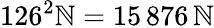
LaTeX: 126^{2}\mathbb{N}=15\, 876\, \mathbb{N}